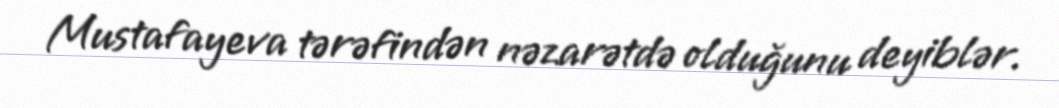
Mustafayeva tərəfindən nəzarətdə olduğunu deyiblər.